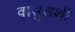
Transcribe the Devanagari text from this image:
वासुशशी